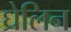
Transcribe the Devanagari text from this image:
घ्रेलिन